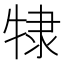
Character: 𰠷